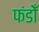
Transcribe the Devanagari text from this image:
फंडोँ